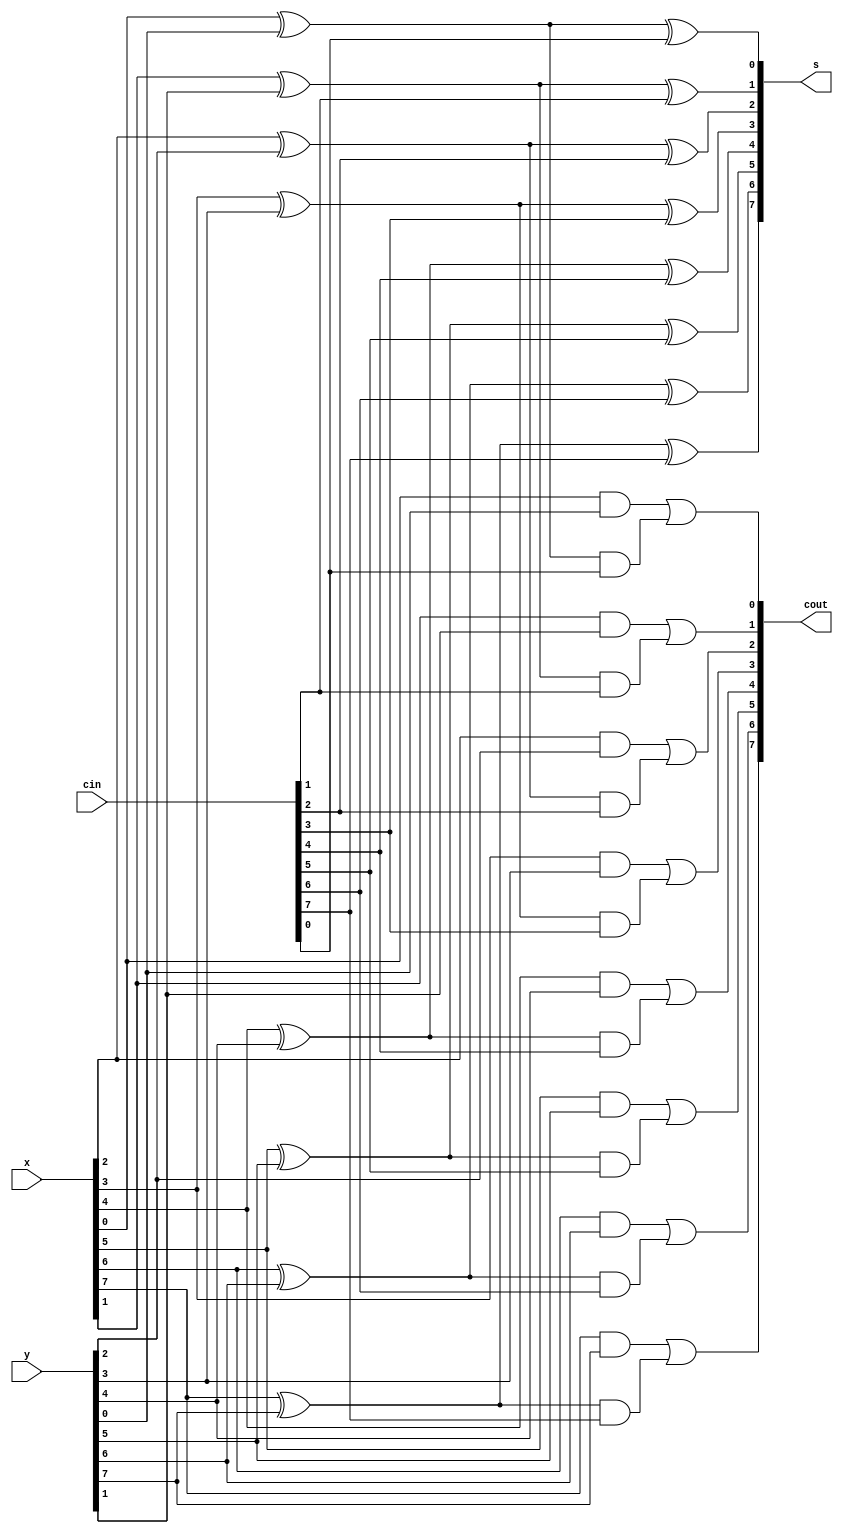
module CSA #(
    parameter width = 8
)(
    input   wire    [width-1:0]     x,
    input   wire    [width-1:0]     y,
    input   wire    [width-1:0]     cin,

    output  wire    [width-1:0]     s,
    output  wire    [width-1:0]     cout
);

generate
    genvar i;
    for(i=0; i<width; i=i+1) begin: gen_block
        assign s[i] = x[i] ^ y[i] ^ cin[i];
        assign cout[i] = x[i]&y[i] | (x[i] ^ y[i]) & cin[i];
        // assign {cout[i], s[i]} = x[i] + y[i] + cin[i];
    end
endgenerate

endmodule